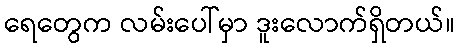
ရေတွေက လမ်းပေါ်မှာ ဒူးလောက်ရှိတယ်။